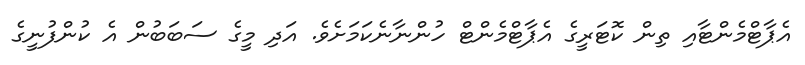
އެޕާޓްމެންޓާއި ތިން ކޮޓަރީގެ އެޕާޓްމެންޓް ހުންނާނެކަމަށެވެ. އަދި މީގެ ސަބަބުން އެ ކުންފުނީގެ